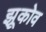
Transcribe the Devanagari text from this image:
झूकोव